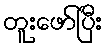
တူးဖော်ပြီး